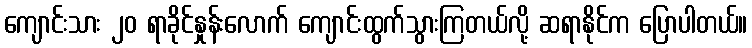
ကျောင်းသား ၂၀ ရာခိုင်နှုန်းလောက် ကျောင်းထွက်သွားကြတယ်လို့ ဆရာနိုင်က ပြောပါတယ်။